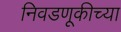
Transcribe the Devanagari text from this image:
निवडणूकीच्या